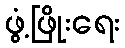
ဖွံ့ဖြိုးရေး